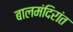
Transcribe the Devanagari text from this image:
बालमंदिरांत